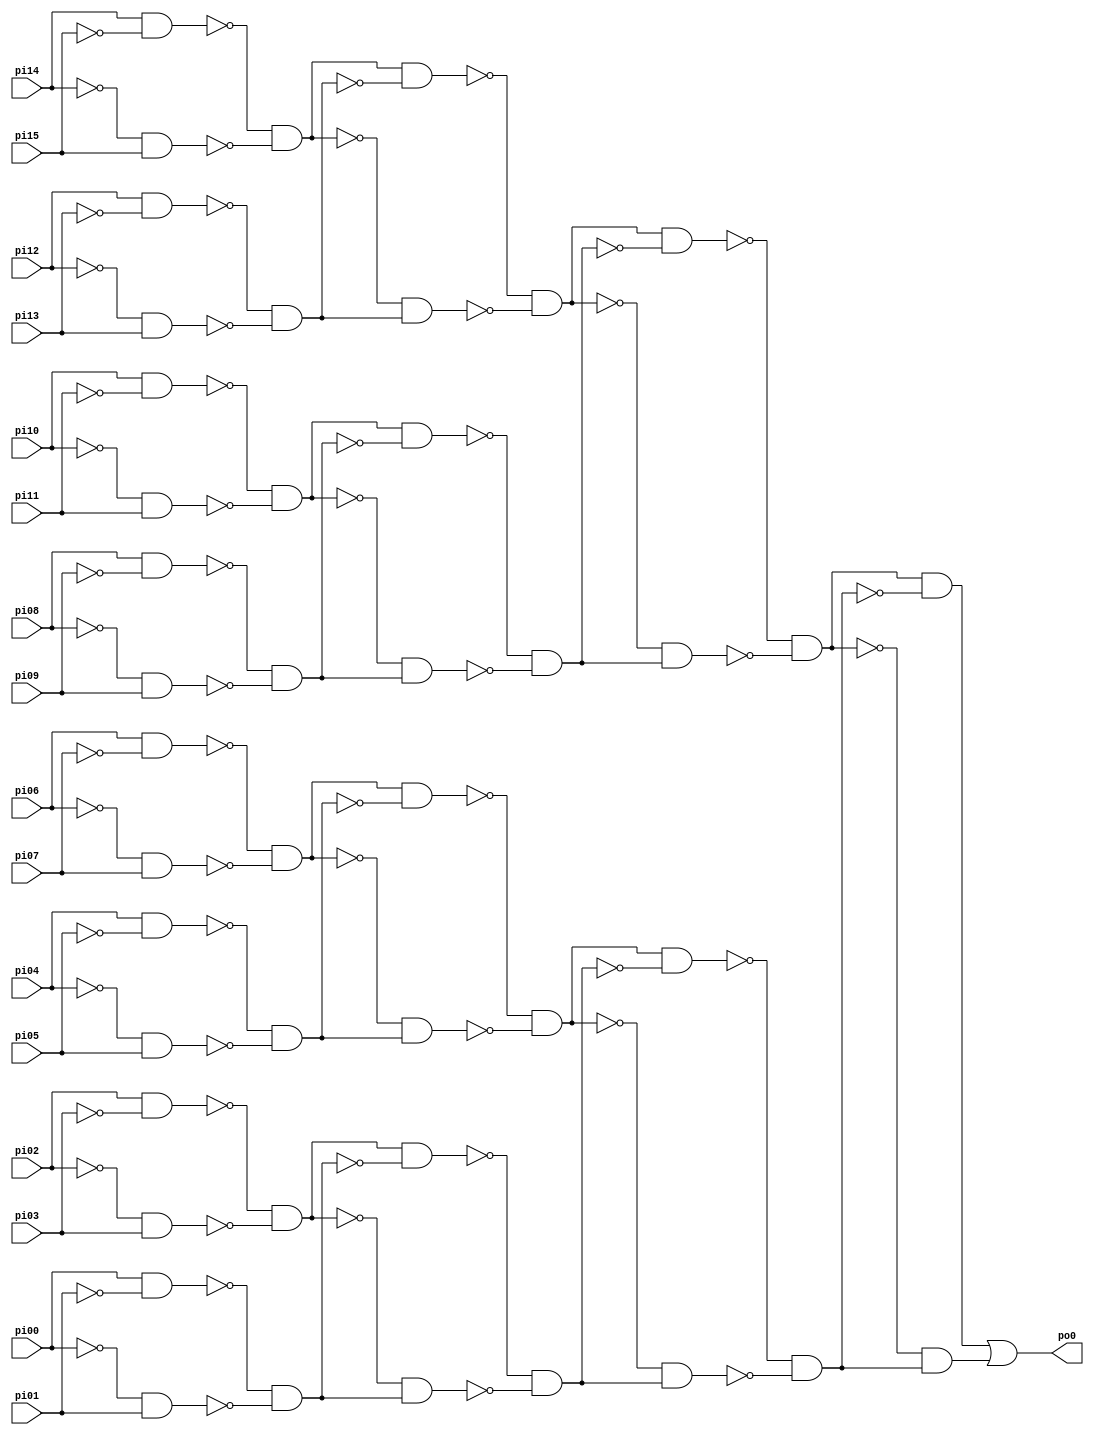
// Benchmark "PARITYFDS" written by ABC on Sun Apr 22 21:43:11 2018

module PARITYFDS ( 
    pi00, pi01, pi02, pi03, pi04, pi05, pi06, pi07, pi08, pi09, pi10, pi11,
    pi12, pi13, pi14, pi15,
    po0  );
  input  pi00, pi01, pi02, pi03, pi04, pi05, pi06, pi07, pi08, pi09,
    pi10, pi11, pi12, pi13, pi14, pi15;
  output po0;
  wire n18, n19, n20, n21, n22, n23, n24, n25, n26, n27, n28, n29, n30, n31,
    n32, n33, n34, n35, n36, n37, n38, n39, n40, n41, n42, n43, n44, n45,
    n46, n47, n48, n49, n50, n51, n52, n53, n54, n55, n56, n57, n58, n59,
    n60, n61;
  assign n18 = pi14 & ~pi15;
  assign n19 = ~pi14 & pi15;
  assign n20 = ~n18 & ~n19;
  assign n21 = pi12 & ~pi13;
  assign n22 = ~pi12 & pi13;
  assign n23 = ~n21 & ~n22;
  assign n24 = n20 & ~n23;
  assign n25 = ~n20 & n23;
  assign n26 = ~n24 & ~n25;
  assign n27 = pi10 & ~pi11;
  assign n28 = ~pi10 & pi11;
  assign n29 = ~n27 & ~n28;
  assign n30 = pi08 & ~pi09;
  assign n31 = ~pi08 & pi09;
  assign n32 = ~n30 & ~n31;
  assign n33 = n29 & ~n32;
  assign n34 = ~n29 & n32;
  assign n35 = ~n33 & ~n34;
  assign n36 = n26 & ~n35;
  assign n37 = ~n26 & n35;
  assign n38 = ~n36 & ~n37;
  assign n39 = pi06 & ~pi07;
  assign n40 = ~pi06 & pi07;
  assign n41 = ~n39 & ~n40;
  assign n42 = pi04 & ~pi05;
  assign n43 = ~pi04 & pi05;
  assign n44 = ~n42 & ~n43;
  assign n45 = n41 & ~n44;
  assign n46 = ~n41 & n44;
  assign n47 = ~n45 & ~n46;
  assign n48 = pi02 & ~pi03;
  assign n49 = ~pi02 & pi03;
  assign n50 = ~n48 & ~n49;
  assign n51 = pi00 & ~pi01;
  assign n52 = ~pi00 & pi01;
  assign n53 = ~n51 & ~n52;
  assign n54 = n50 & ~n53;
  assign n55 = ~n50 & n53;
  assign n56 = ~n54 & ~n55;
  assign n57 = n47 & ~n56;
  assign n58 = ~n47 & n56;
  assign n59 = ~n57 & ~n58;
  assign n60 = n38 & ~n59;
  assign n61 = ~n38 & n59;
  assign po0 = n60 | n61;
endmodule